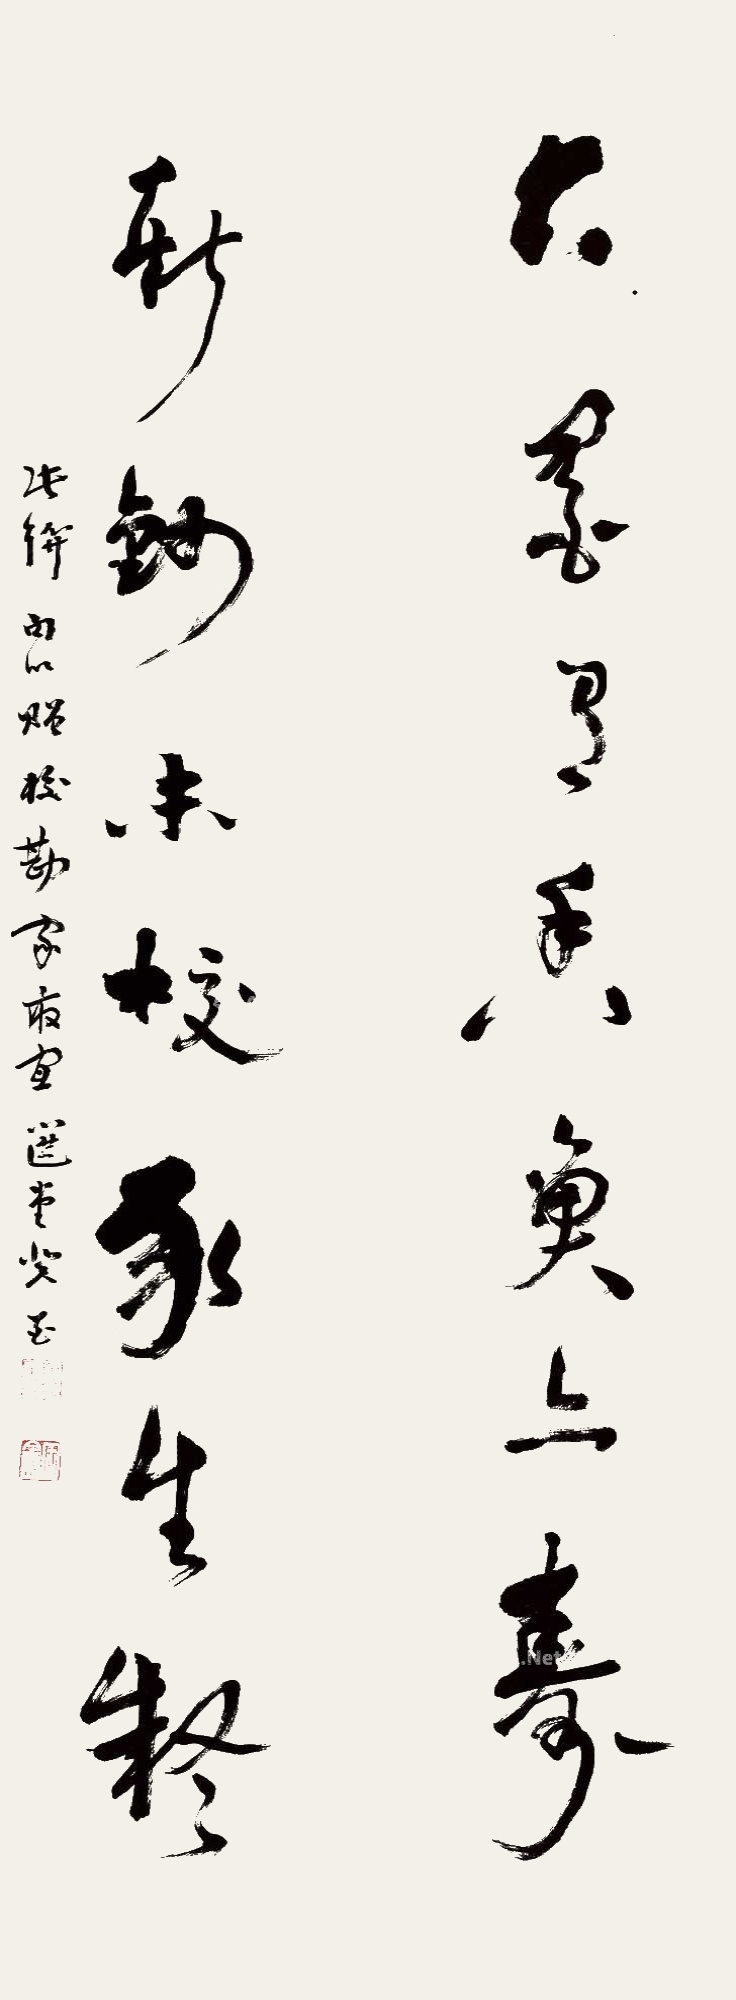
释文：古墨有香鱼亦寿，新钞未校豖生疑。此联句以赠校勘家最宜，选堂癸酉。